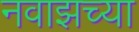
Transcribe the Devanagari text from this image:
नवाझच्या